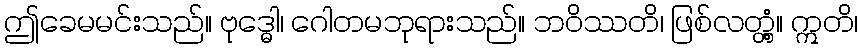
ဤခေမမင်းသည်။ ဗုဒ္ဓေါ၊ ဂေါတမဘုရားသည်။ ဘဝိဿတိ၊ ဖြစ်လတ္တံ့။ ဣတိ၊